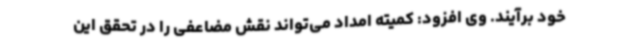
خود برآیند. وی افزود: کمیته امداد می‌تواند نقش مضاعفی را در تحقق این